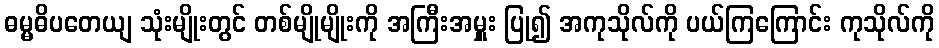
ဓမ္မဓိပတေယျ သုံးမျိုးတွင် တစ်မျိုမျိုးကို အကြီးအမှူး ပြု၍ အကုသိုလ်ကို ပယ်ကြကြောင်း ကုသိုလ်ကို